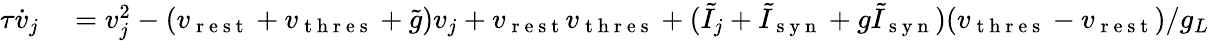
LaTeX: \begin{array}{rl}{\tau\dot{v}_{j}}&{{}=v_{j}^{2}-(v_{\mathrm{~r~e~s~t~}}+v_{\mathrm{~t~h~r~e~s~}}+\tilde{g})v_{j}+v_{\mathrm{~r~e~s~t~}}v_{\mathrm{~t~h~r~e~s~}}+(\tilde{I}_{j}+\tilde{I}_{\mathrm{~s~y~n~}}+g\tilde{I}_{\mathrm{~s~y~n~}})(v_{\mathrm{~t~h~r~e~s~}}-v_{\mathrm{~r~e~s~t~}})/g_{L}}\end{array}